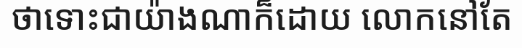
ថាទោះជាយ៉ាងណាក៏ដោយ លោកនៅតែ